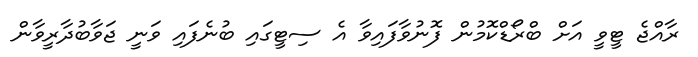
ރާއްޖެ ޓީވީ އަށް ބްރޯޑްކޮމުން ފޮނުވާފައިވާ އެ ސިޓީގައި ބުނެފައި ވަނީ ޖަވާބުދާރީވާން